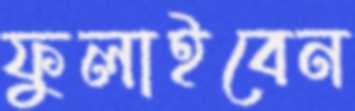
ফুলাইবেন